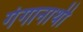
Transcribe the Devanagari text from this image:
गंगानाथी